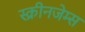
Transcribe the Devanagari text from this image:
स्क्रीनजेम्स